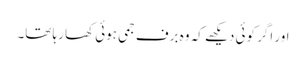
اور اگر کوئی دیکھے کہ وہ برف جمی ہوئی کھا رہا تھا۔